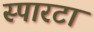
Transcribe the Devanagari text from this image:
स्पारटा